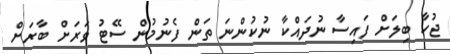
ޖުހާ ބިލަށް ފައިސާ ނުދައްކާ ނުކުންނަ ތަން ފެނުމުން ސޭޓު ވަރަށް ބާރަށް